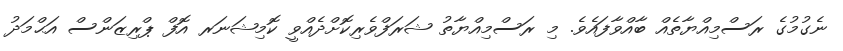
ނެގުމުގެ ރަސްމިއްޔާތެއް ބާއްވާފައެވެ. މި ރަސްމިއްޔާތު ޝަރަފްވެރިކޮށްދެއްވީ ކޮމިޝަނަރ އޮފް ޕްރިޒަންސް އަޙްމަދު